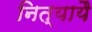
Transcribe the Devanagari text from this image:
नित्यायै